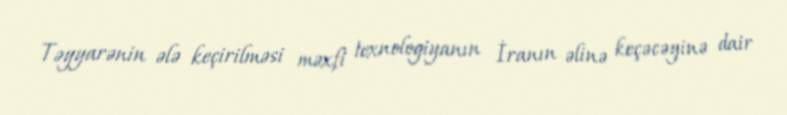
Təyyarənin ələ keçirilməsi məxfi texnologiyanın İranın əlinə keçəcəyinə dair